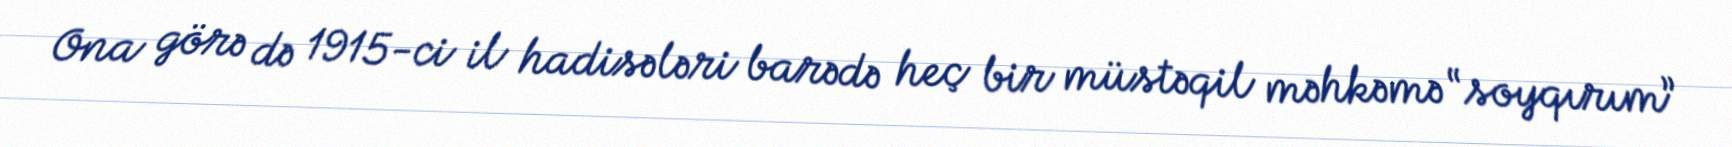
Ona görə də 1915-ci il hadisələri barədə heç bir müstəqil məhkəmə “soyqırım”